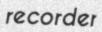
recorder